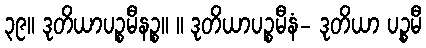
၃၉။ ဒုတိယာပဉ္စမီနဉ္စ။ ။ ဒုတိယာပဉ္စမီနံ- ဒုတိယာ ပဉ္စမီ